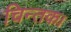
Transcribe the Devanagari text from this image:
चिन्तक।